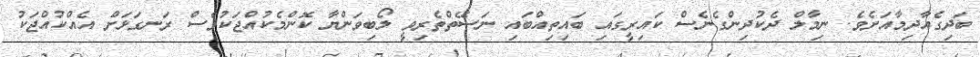
ބަދިގެއާދިމާއަށެވެ. ނިމާލް ދެކުދިންގެނެސް ކައިރީގައި ބައިތިއްބައި ނަސޭތްތެރިވީ ލޯބިވަންޔާ ކޮންމެކުއްޖަކުވެސް ރަނގަޅަށް އެއްކުއްޖަކު